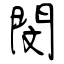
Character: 閔